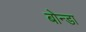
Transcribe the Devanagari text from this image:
बोन्डा